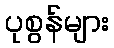
ပုစွန်များ